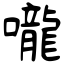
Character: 嚨